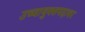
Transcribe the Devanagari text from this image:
उच्चायुक्तपदावर